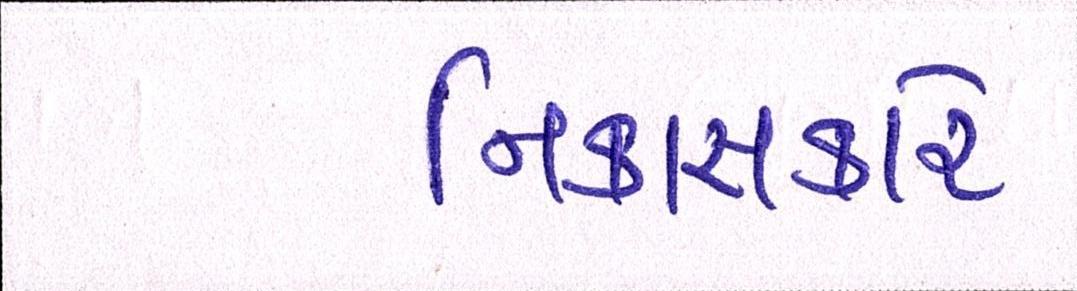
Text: નિકાસકારે